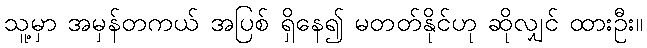
သူ့မှာ အမှန်တကယ် အပြစ် ရှိနေ၍ မတတ်နိုင်ဟု ဆိုလျှင် ထားဦး။